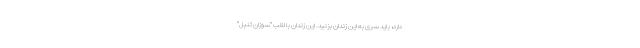
دارد، باید سری به این زندان بزنید. این زندان با لقب "سوزانِ تنبل"